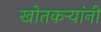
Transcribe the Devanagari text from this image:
खोतकर्‍यांनी